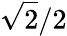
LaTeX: {\sqrt{2}}/2